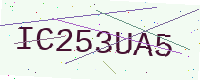
Text: IC253UA5